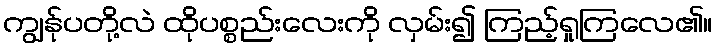
ကျွန်ုပတို့လဲ ထိုပစ္စည်းလေးကို လှမ်း၍ ကြည့်ရှုကြလေ၏။